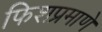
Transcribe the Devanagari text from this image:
फिशप्रमाणे